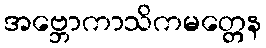
အဗ္ဘောကာသိကမတ္တေန